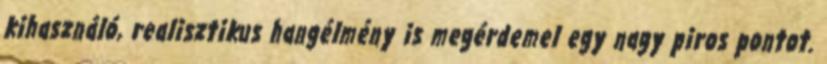
kihasználó, realisztikus hangélmény is megérdemel egy nagy piros pontot.